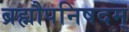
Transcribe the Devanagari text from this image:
ब्रह्मौपनिषदम्